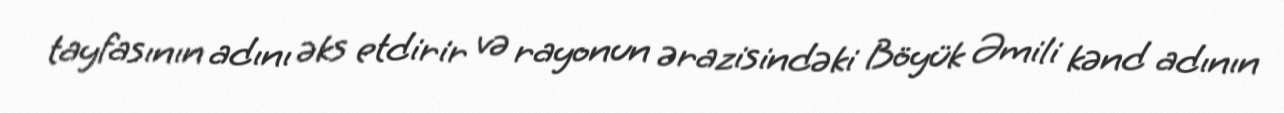
tayfasının adını əks etdirir və rayonun ərazisindəki Böyük Əmili kənd adının